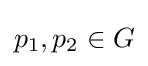
p_{1},p_{2}\in G